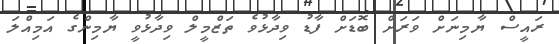
ރައީސް ޔާމިނަށް ވަރަށް ބޮޑަށް ފާޑު ވިދާޅުވެ ތަޒްމީލް ވިދާޅުވީ ޔާމިންގެ އަމިއްލަ